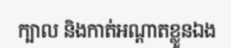
ក្បាល និងកាត់អណ្តាតខ្លួនឯង